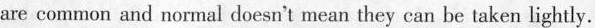
are common and normal doesn't mean they can be taken lightly.